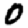
Digit: 0